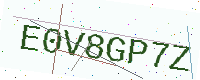
Text: E0V8GP7Z